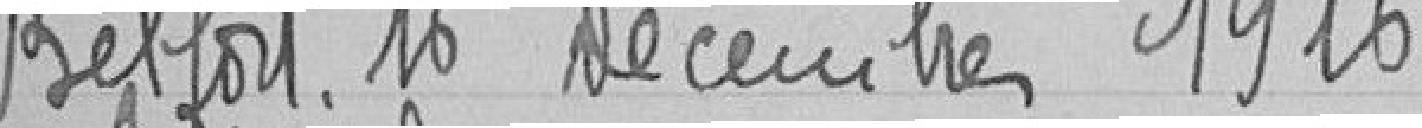
Belfort, 16 Décembre 1916